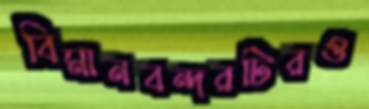
বিমানবন্দরটিরও